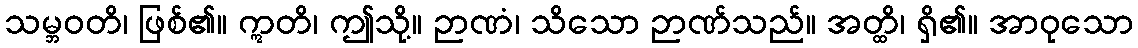
သမ္ဘဝတိ၊ ဖြစ်၏။ ဣတိ၊ ဤသို့။ ဉာဏံ၊ သိသော ဉာဏ်သည်။ အတ္ထိ၊ ရှိ၏။ အာဝုသော